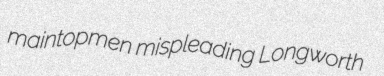
maintopmen mispleading Longworth